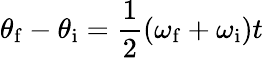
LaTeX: \theta_{\mathrm{f}}-\theta_{\mathrm{i}}={\frac{1}{2}}(\omega_{\mathrm{f}}+\omega_{\mathrm{i}})t